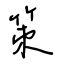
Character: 策